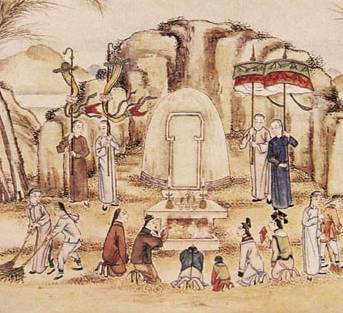
重阳过后，西风渐紧，庭树叶纷纷。